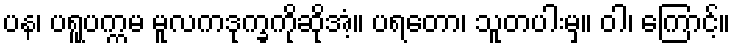
ပန၊ ပရူပက္ကမ မူလကဒုက္ခကိုဆိုအံ့။ ပရတော၊ သူတပါးမှ။ ဝါ၊ ကြောင့်။